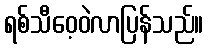
ရစ်သီဝေ့ဝဲလာပြန်သည်။